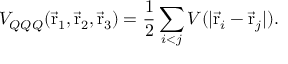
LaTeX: V _ { Q Q Q } ( \vec { \mathrm { r } } _ { 1 } , \vec { \mathrm { r } } _ { 2 } , \vec { \mathrm { r } } _ { 3 } ) = { \frac { 1 } { 2 } } \sum _ { i < j } V ( \vert \vec { \mathrm { r } } _ { i } - \vec { \mathrm { r } } _ { j } \vert ) .